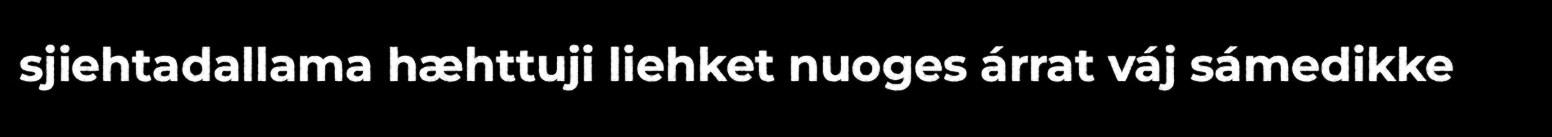
sjiehtadallama hæhttuji liehket nuoges árrat váj sámedikke